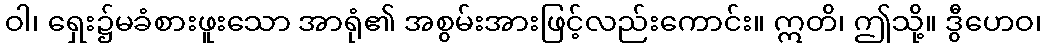
ဝါ၊ ရှေး၌မခံစားဖူးသော အာရုံ၏ အစွမ်းအားဖြင့်လည်းကောင်း။ ဣတိ၊ ဤသို့။ ဒွီဟေဝ၊